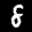
Label: 8